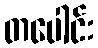
တပေါင်း